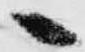
へ